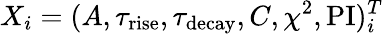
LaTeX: X_{i}=(A,\tau_{\mathrm{rise}},\tau_{\mathrm{decay}},C,\chi^{2},\mathrm{PI})_{i}^{T}